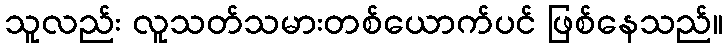
သူလည်း လူသတ်သမားတစ်ယောက်ပင် ဖြစ်နေသည်။